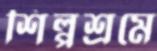
শিল্পশ্রমে